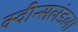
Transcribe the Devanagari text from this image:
क्वीन्सलंडला